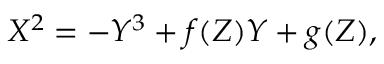
X ^ { 2 } = - Y ^ { 3 } + f ( Z ) Y + g ( Z ) ,